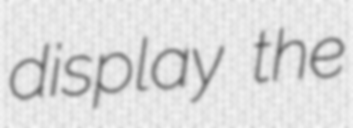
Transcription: display the